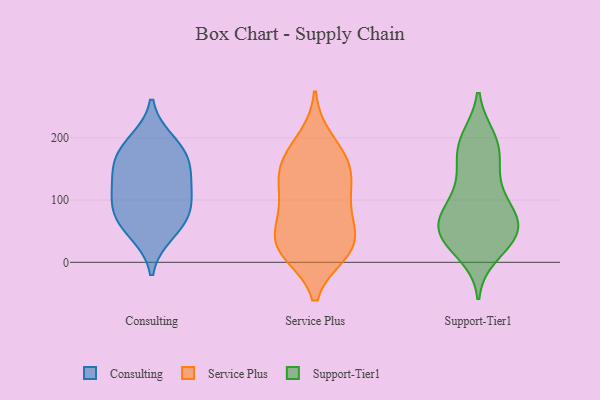
{"axis": {"x": "Satisfaction Score", "y": "Value"}, "legend": ["Consulting", "Service Plus", "Support-Tier1"], "data": [{"x": "", "y": 113, "type": "Consulting"}, {"x": "", "y": 194, "type": "Consulting"}, {"x": "", "y": 178, "type": "Consulting"}, {"x": "", "y": 128, "type": "Consulting"}, {"x": "", "y": 90, "type": "Consulting"}, {"x": "", "y": 80, "type": "Consulting"}, {"x": "", "y": 64, "type": "Consulting"}, {"x": "", "y": 47, "type": "Consulting"}, {"x": "", "y": 166, "type": "Consulting"}, {"x": "", "y": 148, "type": "Consulting"}, {"x": "", "y": 157, "type": "Service Plus"}, {"x": "", "y": 23, "type": "Service Plus"}, {"x": "", "y": 92, "type": "Service Plus"}, {"x": "", "y": 98, "type": "Service Plus"}, {"x": "", "y": 80, "type": "Service Plus"}, {"x": "", "y": 16, "type": "Service Plus"}, {"x": "", "y": 145, "type": "Service Plus"}, {"x": "", "y": 149, "type": "Service Plus"}, {"x": "", "y": 42, "type": "Service Plus"}, {"x": "", "y": 129, "type": "Service Plus"}, {"x": "", "y": 16, "type": "Service Plus"}, {"x": "", "y": 174, "type": "Service Plus"}, {"x": "", "y": 197, "type": "Service Plus"}, {"x": "", "y": 30, "type": "Service Plus"}, {"x": "", "y": 40, "type": "Service Plus"}, {"x": "", "y": 73, "type": "Support-Tier1"}, {"x": "", "y": 39, "type": "Support-Tier1"}, {"x": "", "y": 56, "type": "Support-Tier1"}, {"x": "", "y": 41, "type": "Support-Tier1"}, {"x": "", "y": 142, "type": "Support-Tier1"}, {"x": "", "y": 72, "type": "Support-Tier1"}, {"x": "", "y": 199, "type": "Support-Tier1"}, {"x": "", "y": 14, "type": "Support-Tier1"}, {"x": "", "y": 79, "type": "Support-Tier1"}, {"x": "", "y": 44, "type": "Support-Tier1"}, {"x": "", "y": 43, "type": "Support-Tier1"}, {"x": "", "y": 40, "type": "Support-Tier1"}, {"x": "", "y": 98, "type": "Support-Tier1"}, {"x": "", "y": 145, "type": "Support-Tier1"}, {"x": "", "y": 192, "type": "Support-Tier1"}, {"x": "", "y": 176, "type": "Support-Tier1"}, {"x": "", "y": 191, "type": "Support-Tier1"}, {"x": "", "y": 96, "type": "Support-Tier1"}]}